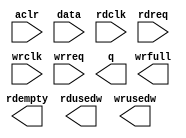
// megafunction wizard: %FIFO%VBB%
// GENERATION: STANDARD
// VERSION: WM1.0
// MODULE: dcfifo 

// ============================================================
// Megafunction Name(s):
// 			dcfifo
//
// Simulation Library Files(s):
// 			
// ============================================================
// ************************************************************
// THIS IS A WIZARD-GENERATED FILE. DO NOT EDIT THIS FILE!
//
// 18.1.0 Build 625 09/12/2018 SJ Standard Edition
// ************************************************************

//Copyright (C) 2018  Intel Corporation. All rights reserved.
//Your use of Intel Corporation's design tools, logic functions 
//and other software and tools, and its AMPP partner logic 
//functions, and any output files from any of the foregoing 
//(including device programming or simulation files), and any 
//associated documentation or information are expressly subject 
//to the terms and conditions of the Intel Program License 
//Subscription Agreement, the Intel Quartus Prime License Agreement,
//the Intel FPGA IP License Agreement, or other applicable license
//agreement, including, without limitation, that your use is for
//the sole purpose of programming logic devices manufactured by
//Intel and sold by Intel or its authorized distributors.  Please
//refer to the applicable agreement for further details.

module fifo_wr (
	aclr,
	data,
	rdclk,
	rdreq,
	wrclk,
	wrreq,
	q,
	rdempty,
	rdusedw,
	wrfull,
	wrusedw);

	input	  aclr;
	input	[15:0]  data;
	input	  rdclk;
	input	  rdreq;
	input	  wrclk;
	input	  wrreq;
	output	[15:0]  q;
	output	  rdempty;
	output	[7:0]  rdusedw;
	output	  wrfull;
	output	[7:0]  wrusedw;
`ifndef ALTERA_RESERVED_QIS
// synopsys translate_off
`endif
	tri0	  aclr;
`ifndef ALTERA_RESERVED_QIS
// synopsys translate_on
`endif

endmodule

// ============================================================
// CNX file retrieval info
// ============================================================
// Retrieval info: PRIVATE: AlmostEmpty NUMERIC "0"
// Retrieval info: PRIVATE: AlmostEmptyThr NUMERIC "-1"
// Retrieval info: PRIVATE: AlmostFull NUMERIC "0"
// Retrieval info: PRIVATE: AlmostFullThr NUMERIC "-1"
// Retrieval info: PRIVATE: CLOCKS_ARE_SYNCHRONIZED NUMERIC "0"
// Retrieval info: PRIVATE: Clock NUMERIC "4"
// Retrieval info: PRIVATE: Depth NUMERIC "256"
// Retrieval info: PRIVATE: Empty NUMERIC "1"
// Retrieval info: PRIVATE: Full NUMERIC "1"
// Retrieval info: PRIVATE: INTENDED_DEVICE_FAMILY STRING "Cyclone IV E"
// Retrieval info: PRIVATE: LE_BasedFIFO NUMERIC "0"
// Retrieval info: PRIVATE: LegacyRREQ NUMERIC "0"
// Retrieval info: PRIVATE: MAX_DEPTH_BY_9 NUMERIC "0"
// Retrieval info: PRIVATE: OVERFLOW_CHECKING NUMERIC "0"
// Retrieval info: PRIVATE: Optimize NUMERIC "0"
// Retrieval info: PRIVATE: RAM_BLOCK_TYPE NUMERIC "0"
// Retrieval info: PRIVATE: SYNTH_WRAPPER_GEN_POSTFIX STRING "0"
// Retrieval info: PRIVATE: UNDERFLOW_CHECKING NUMERIC "0"
// Retrieval info: PRIVATE: UsedW NUMERIC "1"
// Retrieval info: PRIVATE: Width NUMERIC "16"
// Retrieval info: PRIVATE: dc_aclr NUMERIC "1"
// Retrieval info: PRIVATE: diff_widths NUMERIC "0"
// Retrieval info: PRIVATE: msb_usedw NUMERIC "0"
// Retrieval info: PRIVATE: output_width NUMERIC "16"
// Retrieval info: PRIVATE: rsEmpty NUMERIC "1"
// Retrieval info: PRIVATE: rsFull NUMERIC "0"
// Retrieval info: PRIVATE: rsUsedW NUMERIC "1"
// Retrieval info: PRIVATE: sc_aclr NUMERIC "0"
// Retrieval info: PRIVATE: sc_sclr NUMERIC "0"
// Retrieval info: PRIVATE: wsEmpty NUMERIC "0"
// Retrieval info: PRIVATE: wsFull NUMERIC "1"
// Retrieval info: PRIVATE: wsUsedW NUMERIC "1"
// Retrieval info: LIBRARY: altera_mf altera_mf.altera_mf_components.all
// Retrieval info: CONSTANT: INTENDED_DEVICE_FAMILY STRING "Cyclone IV E"
// Retrieval info: CONSTANT: LPM_NUMWORDS NUMERIC "256"
// Retrieval info: CONSTANT: LPM_SHOWAHEAD STRING "ON"
// Retrieval info: CONSTANT: LPM_TYPE STRING "dcfifo"
// Retrieval info: CONSTANT: LPM_WIDTH NUMERIC "16"
// Retrieval info: CONSTANT: LPM_WIDTHU NUMERIC "8"
// Retrieval info: CONSTANT: OVERFLOW_CHECKING STRING "ON"
// Retrieval info: CONSTANT: RDSYNC_DELAYPIPE NUMERIC "4"
// Retrieval info: CONSTANT: READ_ACLR_SYNCH STRING "ON"
// Retrieval info: CONSTANT: UNDERFLOW_CHECKING STRING "ON"
// Retrieval info: CONSTANT: USE_EAB STRING "ON"
// Retrieval info: CONSTANT: WRITE_ACLR_SYNCH STRING "ON"
// Retrieval info: CONSTANT: WRSYNC_DELAYPIPE NUMERIC "4"
// Retrieval info: USED_PORT: aclr 0 0 0 0 INPUT GND "aclr"
// Retrieval info: USED_PORT: data 0 0 16 0 INPUT NODEFVAL "data[15..0]"
// Retrieval info: USED_PORT: q 0 0 16 0 OUTPUT NODEFVAL "q[15..0]"
// Retrieval info: USED_PORT: rdclk 0 0 0 0 INPUT NODEFVAL "rdclk"
// Retrieval info: USED_PORT: rdempty 0 0 0 0 OUTPUT NODEFVAL "rdempty"
// Retrieval info: USED_PORT: rdreq 0 0 0 0 INPUT NODEFVAL "rdreq"
// Retrieval info: USED_PORT: rdusedw 0 0 8 0 OUTPUT NODEFVAL "rdusedw[7..0]"
// Retrieval info: USED_PORT: wrclk 0 0 0 0 INPUT NODEFVAL "wrclk"
// Retrieval info: USED_PORT: wrfull 0 0 0 0 OUTPUT NODEFVAL "wrfull"
// Retrieval info: USED_PORT: wrreq 0 0 0 0 INPUT NODEFVAL "wrreq"
// Retrieval info: USED_PORT: wrusedw 0 0 8 0 OUTPUT NODEFVAL "wrusedw[7..0]"
// Retrieval info: CONNECT: @aclr 0 0 0 0 aclr 0 0 0 0
// Retrieval info: CONNECT: @data 0 0 16 0 data 0 0 16 0
// Retrieval info: CONNECT: @rdclk 0 0 0 0 rdclk 0 0 0 0
// Retrieval info: CONNECT: @rdreq 0 0 0 0 rdreq 0 0 0 0
// Retrieval info: CONNECT: @wrclk 0 0 0 0 wrclk 0 0 0 0
// Retrieval info: CONNECT: @wrreq 0 0 0 0 wrreq 0 0 0 0
// Retrieval info: CONNECT: q 0 0 16 0 @q 0 0 16 0
// Retrieval info: CONNECT: rdempty 0 0 0 0 @rdempty 0 0 0 0
// Retrieval info: CONNECT: rdusedw 0 0 8 0 @rdusedw 0 0 8 0
// Retrieval info: CONNECT: wrfull 0 0 0 0 @wrfull 0 0 0 0
// Retrieval info: CONNECT: wrusedw 0 0 8 0 @wrusedw 0 0 8 0
// Retrieval info: GEN_FILE: TYPE_NORMAL fifo_wr.v TRUE
// Retrieval info: GEN_FILE: TYPE_NORMAL fifo_wr.inc FALSE
// Retrieval info: GEN_FILE: TYPE_NORMAL fifo_wr.cmp FALSE
// Retrieval info: GEN_FILE: TYPE_NORMAL fifo_wr.bsf FALSE
// Retrieval info: GEN_FILE: TYPE_NORMAL fifo_wr_inst.v FALSE
// Retrieval info: GEN_FILE: TYPE_NORMAL fifo_wr_bb.v TRUE